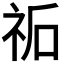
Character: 𮁩